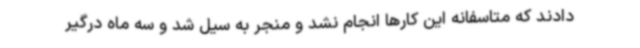
‌دادند که متاسفانه این کارها انجام نشد و منجر به سیل شد و سه ماه درگیر